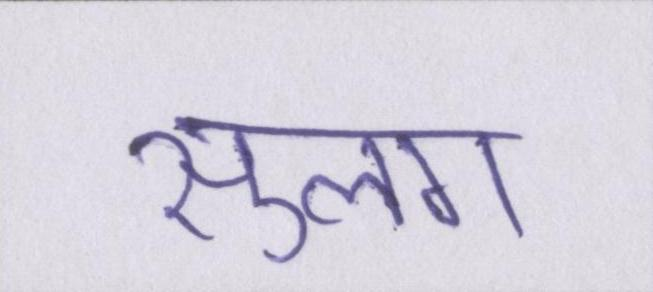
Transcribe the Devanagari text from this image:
सुलग